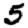
Digit: 5